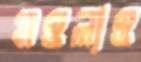
মওলাও